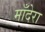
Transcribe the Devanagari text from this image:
माँदेरा